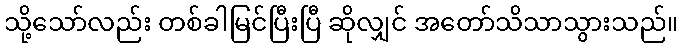
သို့သော်လည်း တစ်ခါမြင်ပြီးပြီ ဆိုလျှင် အတော်သိသာသွားသည်။